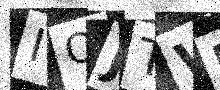
Text: IQJTWU